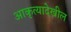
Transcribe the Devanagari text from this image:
आकृत्यादेखील